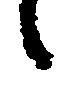
候